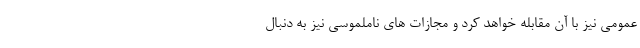
عمومی نیز با آن مقابله خواهد کرد و مجازات های ناملموسی نیز به دنبال